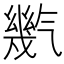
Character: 㡮